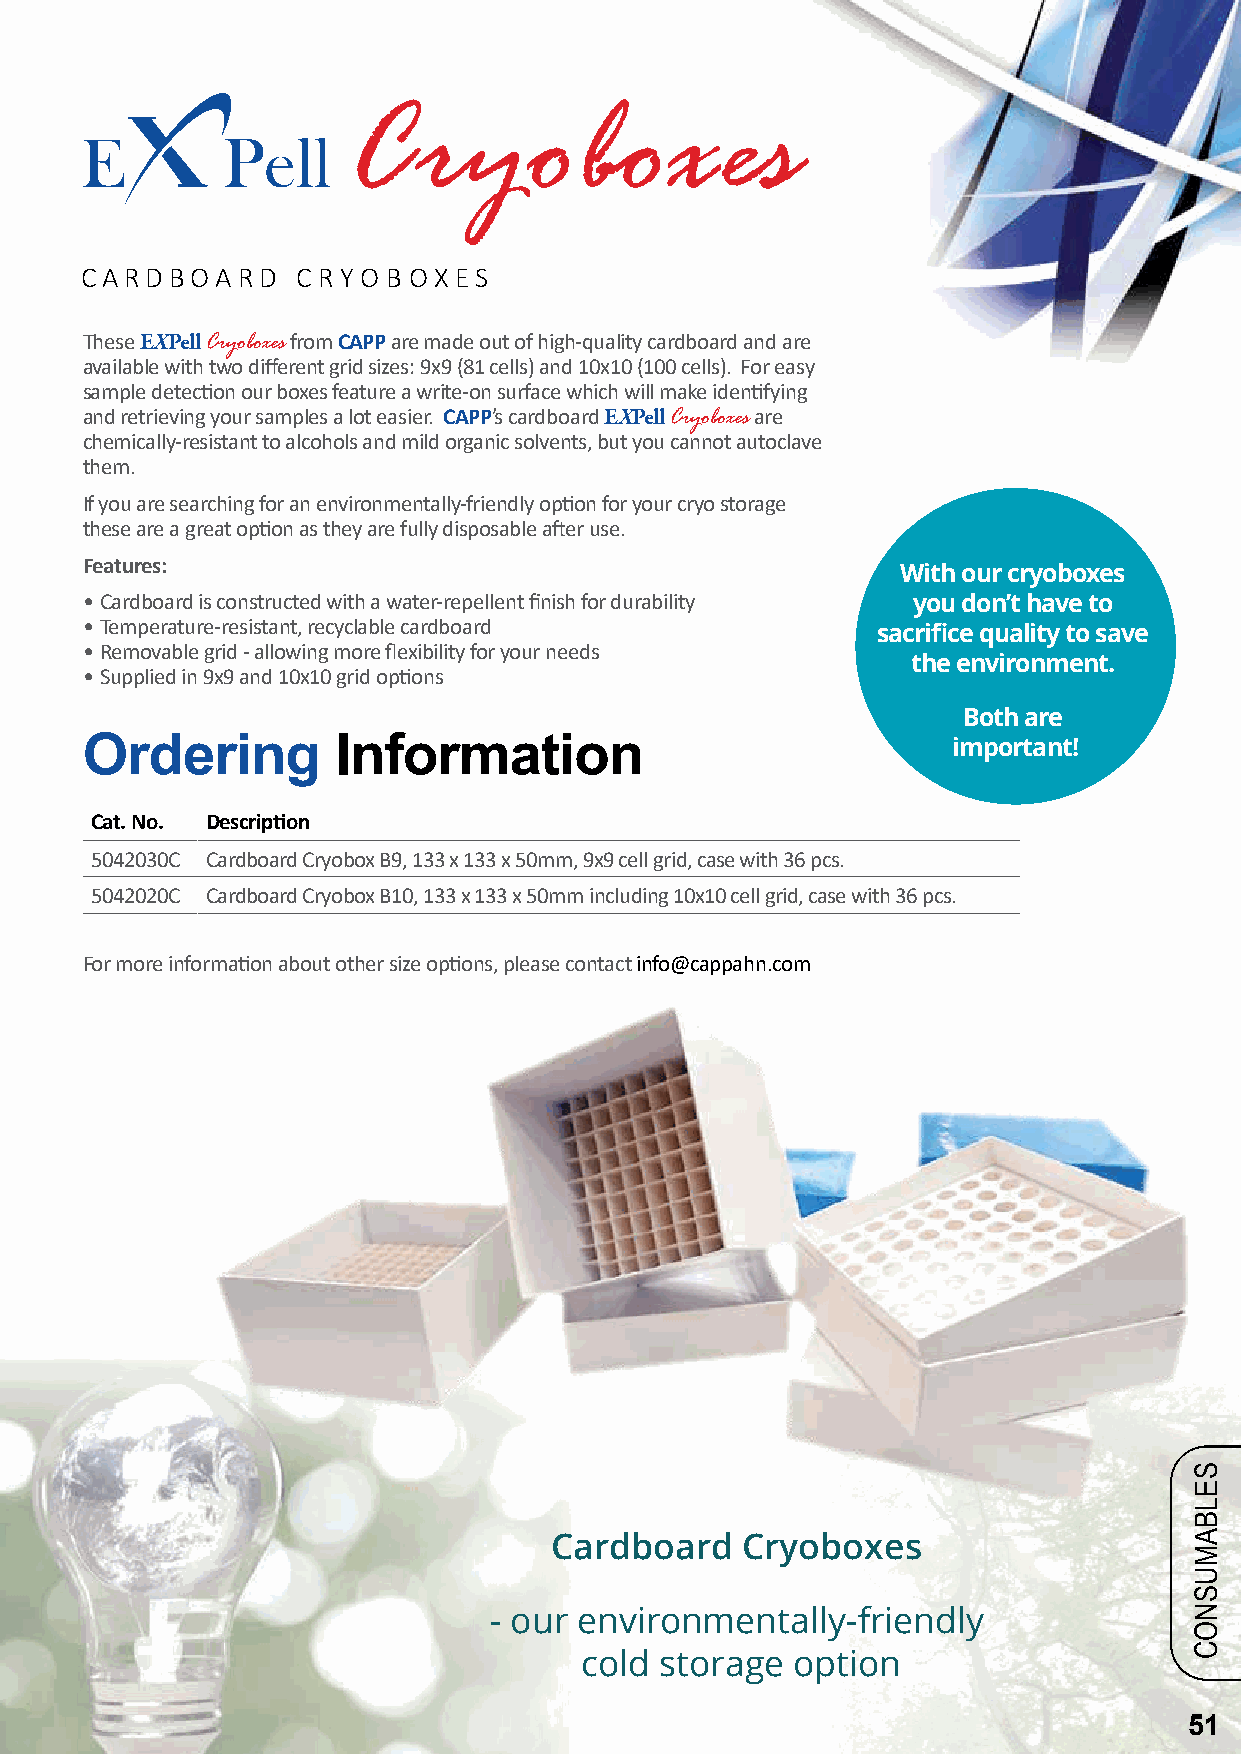
Cryoboxes
 CARDBOARD      C R YO B OX ES
 These EXPell Cryoboxes from CAPP are made out of high-quality cardboard and are
 available with two different grid sizes: 9x9 (81 cells) and 10x10 (100 cells). For easy
 sample detection our boxes feature a write-on surface which will make identifying
 and retrieving your samples a lot easier. CAPP’s cardboard EXPell Cryoboxes are
 chemically-resistant to alcohols and mild organic solvents, but you cannot autoclave
 them.
 If you are searching for an environmentally-friendly option for your cryo storage
 these are a great option as they are fully disposable after use.
 Features:
 With our cryoboxes
 • Cardboard is constructed with a water-repellent finish for durability you don’t have to
 • Temperature-resistant, recyclable cardboard        sacrifice quality to save
 • Removable grid - allowing more flexibility for your needs
 the environment.
 • Supplied in 9x9 and 10x10 grid options
 Both are
 Ordering         Information                              important!
 Cat. No. Description
 5042030C Cardboard Cryobox B9, 133 x 133 x 50mm, 9x9 cell grid, case with 36 pcs.
 5042020C Cardboard Cryobox B10, 133 x 133 x 50mm including 10x10 cell grid, case with 36 pcs.
 For more information about other size options, please contact info@cappahn.com
 Cardboard    Cryoboxes
 - our environmentally-friendly
 cold  storage option
 51
 SELBAMUSNOC